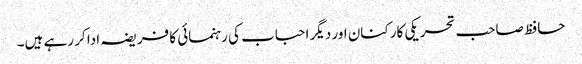
حافظ صاحب تحریکی کارکنان اور دیگر احباب کی رہنمائی کا فریضہ ادا کر رہے ہیں۔